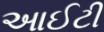
આઈટી